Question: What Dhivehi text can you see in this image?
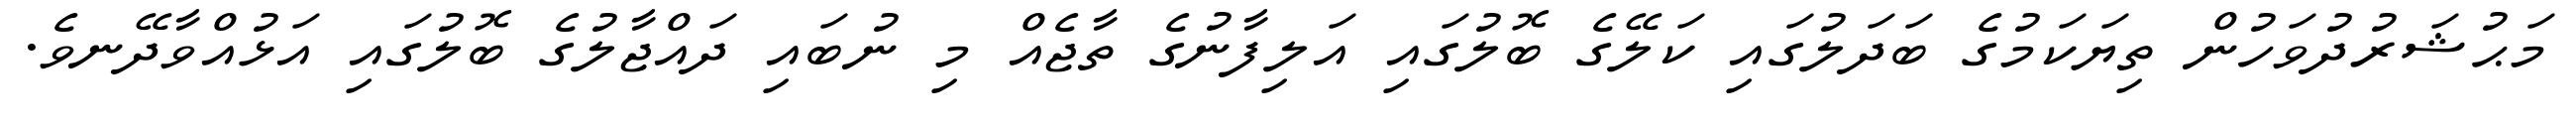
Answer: މަޙުޝަރުދުވަހުން ތިޔަކަމުގެ ބަދަލުގައި ކަލޭގެ ބޮލުގައި އަލިފާނުގެ ތާޖެއް މި ނުބައި ދައްޖާލުގެ ބޮލުގައި އަޅުއްވާދޭނވެ.